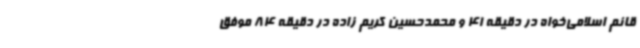
قائم اسلامی‌خواه در دقیقه 41 و محمدحسین کریم زاده در دقیقه 84 موفق